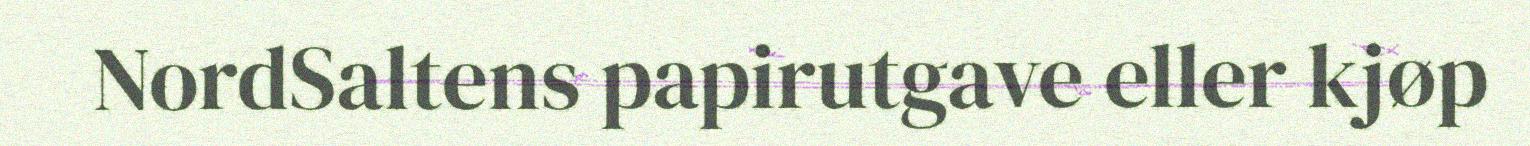
NordSaltens papirutgave eller kjøp